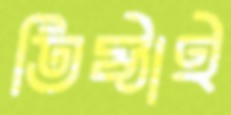
তিষ্ঠাই